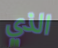
الذي